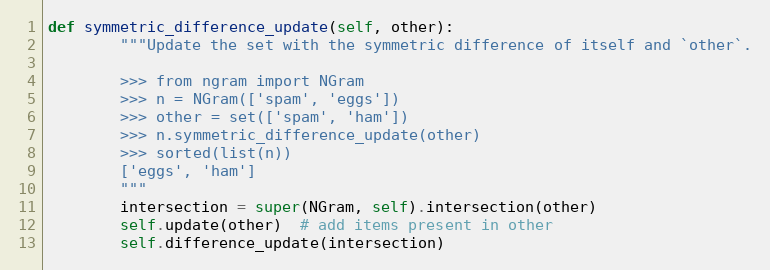
Language: Python
def symmetric_difference_update(self, other):
        """Update the set with the symmetric difference of itself and `other`.

        >>> from ngram import NGram
        >>> n = NGram(['spam', 'eggs'])
        >>> other = set(['spam', 'ham'])
        >>> n.symmetric_difference_update(other)
        >>> sorted(list(n))
        ['eggs', 'ham']
        """
        intersection = super(NGram, self).intersection(other)
        self.update(other)  # add items present in other
        self.difference_update(intersection)